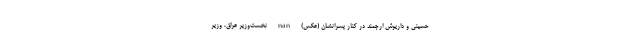
حسینی و داریوش ارجمند در کنار پسرانشان (عکس) nan نخست‌وزیر عراق، وزیر